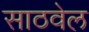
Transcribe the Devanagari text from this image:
साठवेल